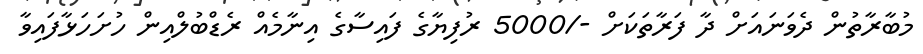
މުބާރާތުން ދެވަނައަށް ދާ ފަރާތަކަށް -/5000 ރުފިޔާގެ ފައިސާގެ އިނާމެއް ރެޑްބުލްއިން ހުށަހަޅާފައިވާ